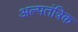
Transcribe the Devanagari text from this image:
अल्पतंत्रिक